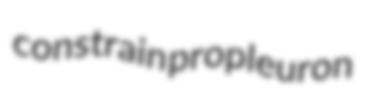
constrain propleuron